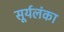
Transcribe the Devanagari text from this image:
सूर्यलंका